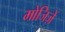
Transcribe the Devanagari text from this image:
मोजिज़ें